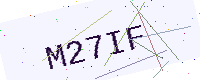
Text: M27IF